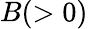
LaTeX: B(>0)